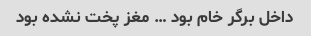
داخل برگر خام بود … مغز پخت نشده بود